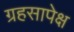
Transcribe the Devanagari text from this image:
ग्रहसापेक्ष